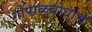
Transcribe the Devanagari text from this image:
गोपाळबोधाचे